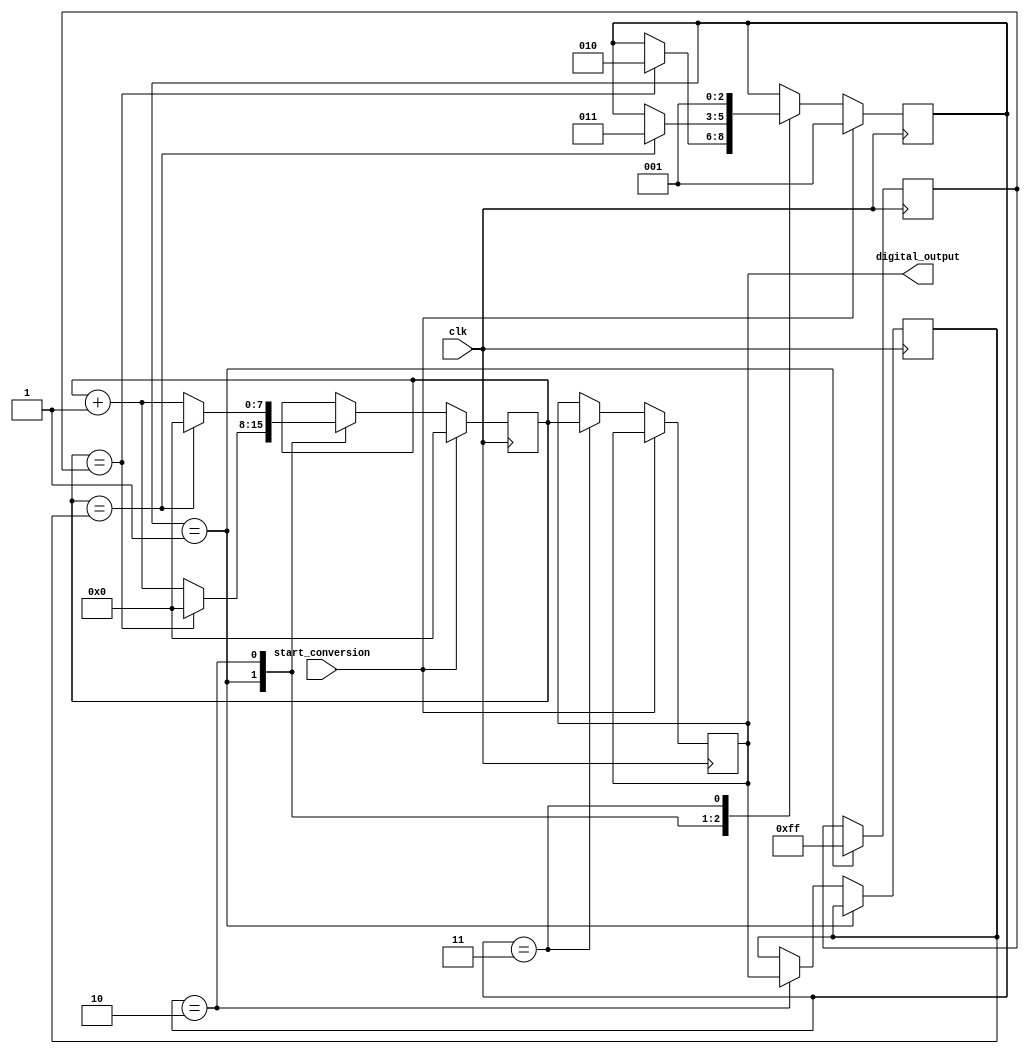
module multislope_adc (
  input clk,
  input start_conversion,
  output reg [7:0] digital_output
);

reg [7:0] count;
reg [7:0] charge_value;
reg [7:0] discharge_value;
reg [2:0] state;
wire charge_complete;
wire discharge_complete;

assign charge_complete = (count == charge_value);
assign discharge_complete = (count == discharge_value);

always @ (posedge clk) begin
  if (start_conversion) begin
    count <= 0;
    state <= 3'b001;
  end else begin
    case (state)
      3'b001: begin // Charge capacitor
        count <= count + 1;
        if (charge_complete) begin
          state <= 3'b010;
          count <= 0;
        end
      end
      3'b010: begin // Discharge capacitor
        count <= count + 1;
        if (discharge_complete) begin
          state <= 3'b011;
          count <= 0;
        end
      end
      3'b011: begin // Sample output
        digital_output <= count;
        state <= 3'b001;
      end
    endcase
  end
end

always @ (posedge clk) begin
  if (state == 3'b001) begin
    charge_value <= 8'b11111111; // Set charge time for full-scale input
  end else if (state == 3'b010) begin
    discharge_value <= digital_output; // Set discharge time based on current count
  end
end

endmodule